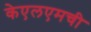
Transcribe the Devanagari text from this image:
केएलएमची